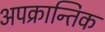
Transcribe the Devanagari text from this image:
अपक्रान्तिक